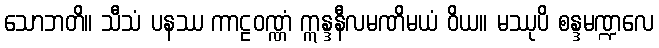
သောဘတိ။ သီသံ ပနဿ ကာဠဝဏ္ဏံ ဣန္ဒနီလမဏိမယံ ဝိယ။ မဿုပိ စန္ဒမဏ္ဍလေ